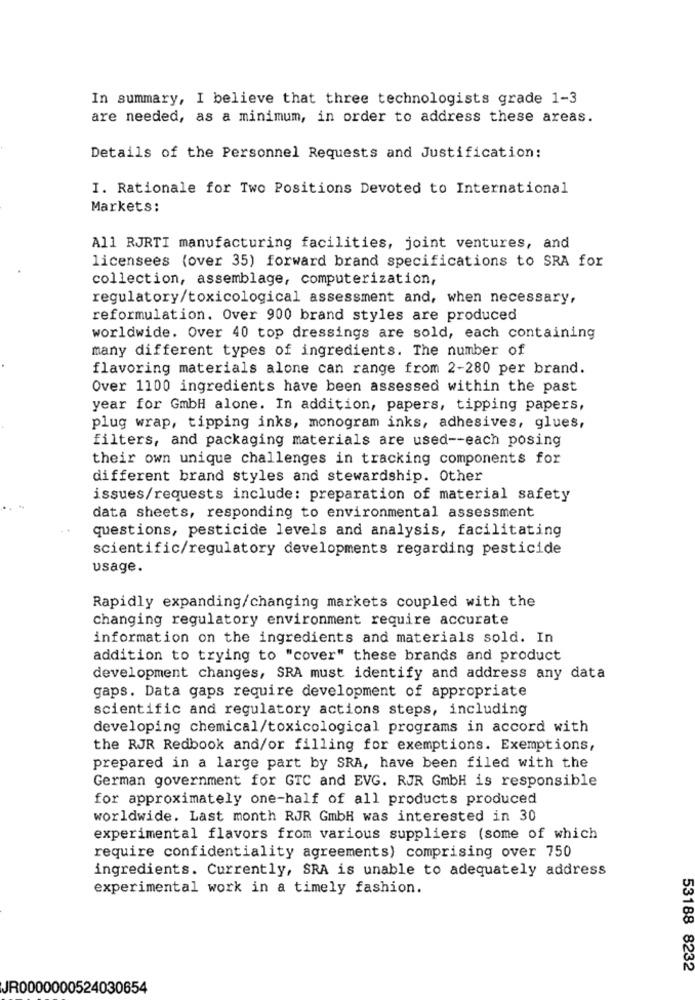
In summary, I believe that three technologists grade 1-3
are needed, as a minimum, in order to address these areas.
Details of the Personnel Requests and Justification:
I. Rationale for Two Positions Devoted to International
Markets:
All RJRTI manufacturing facilities, joint ventures, and
licensees (over 35) forward brand specifications to SRA for
collection, assemblage, computerization,
regulatory/toxicological assessment and, when necessary,
reformulation. Over 900 brand styles are produced
worldwide. Over 40 top dressings are sold, each containing
many different types of ingredients. The number of
flavoring materials alone can range from 2-280 per brand.
Over 1100 ingredients have been assessed within the past
year for GmbH alone. In addition, papers, tipping papers,
plug wrap, tipping inks, monogram inks, adhesives, glues,
filters, and packaging materials are used -- each posing
their own unique challenges in tracking components for
different brand styles and stewardship. Other
issues/requests include: preparation of material safety
data sheets, responding to environmental assessment
. .
questions, pesticide levels and analysis, facilitating
scientific/regulatory developments regarding pesticide
usage.
Rapidly expanding/changing markets coupled with the
changing regulatory environment require accurate
information on the ingredients and materials sold. In
addition to trying to "cover" these brands and product
development changes, SRA must identify and address any data
gaps. Data gaps require development of appropriate
scientific and regulatory actions steps, including
developing chemical/toxicological programs in accord with
the RJR Redbook and/or filling for exemptions. Exemptions,
prepared in a large part by SRA, have been filed with the
German government for GTC and EVG. RJR GmbH is responsible
for approximately one-half of all products produced
worldwide. Last month RJR GmbH was interested in 30
experimental flavors from various suppliers (some of which
require confidentiality agreements) comprising over 750
ingredients. Currently, SRA is unable to adequately address
experimental work in a timely fashion.
53188 8232
JR0000000524030654